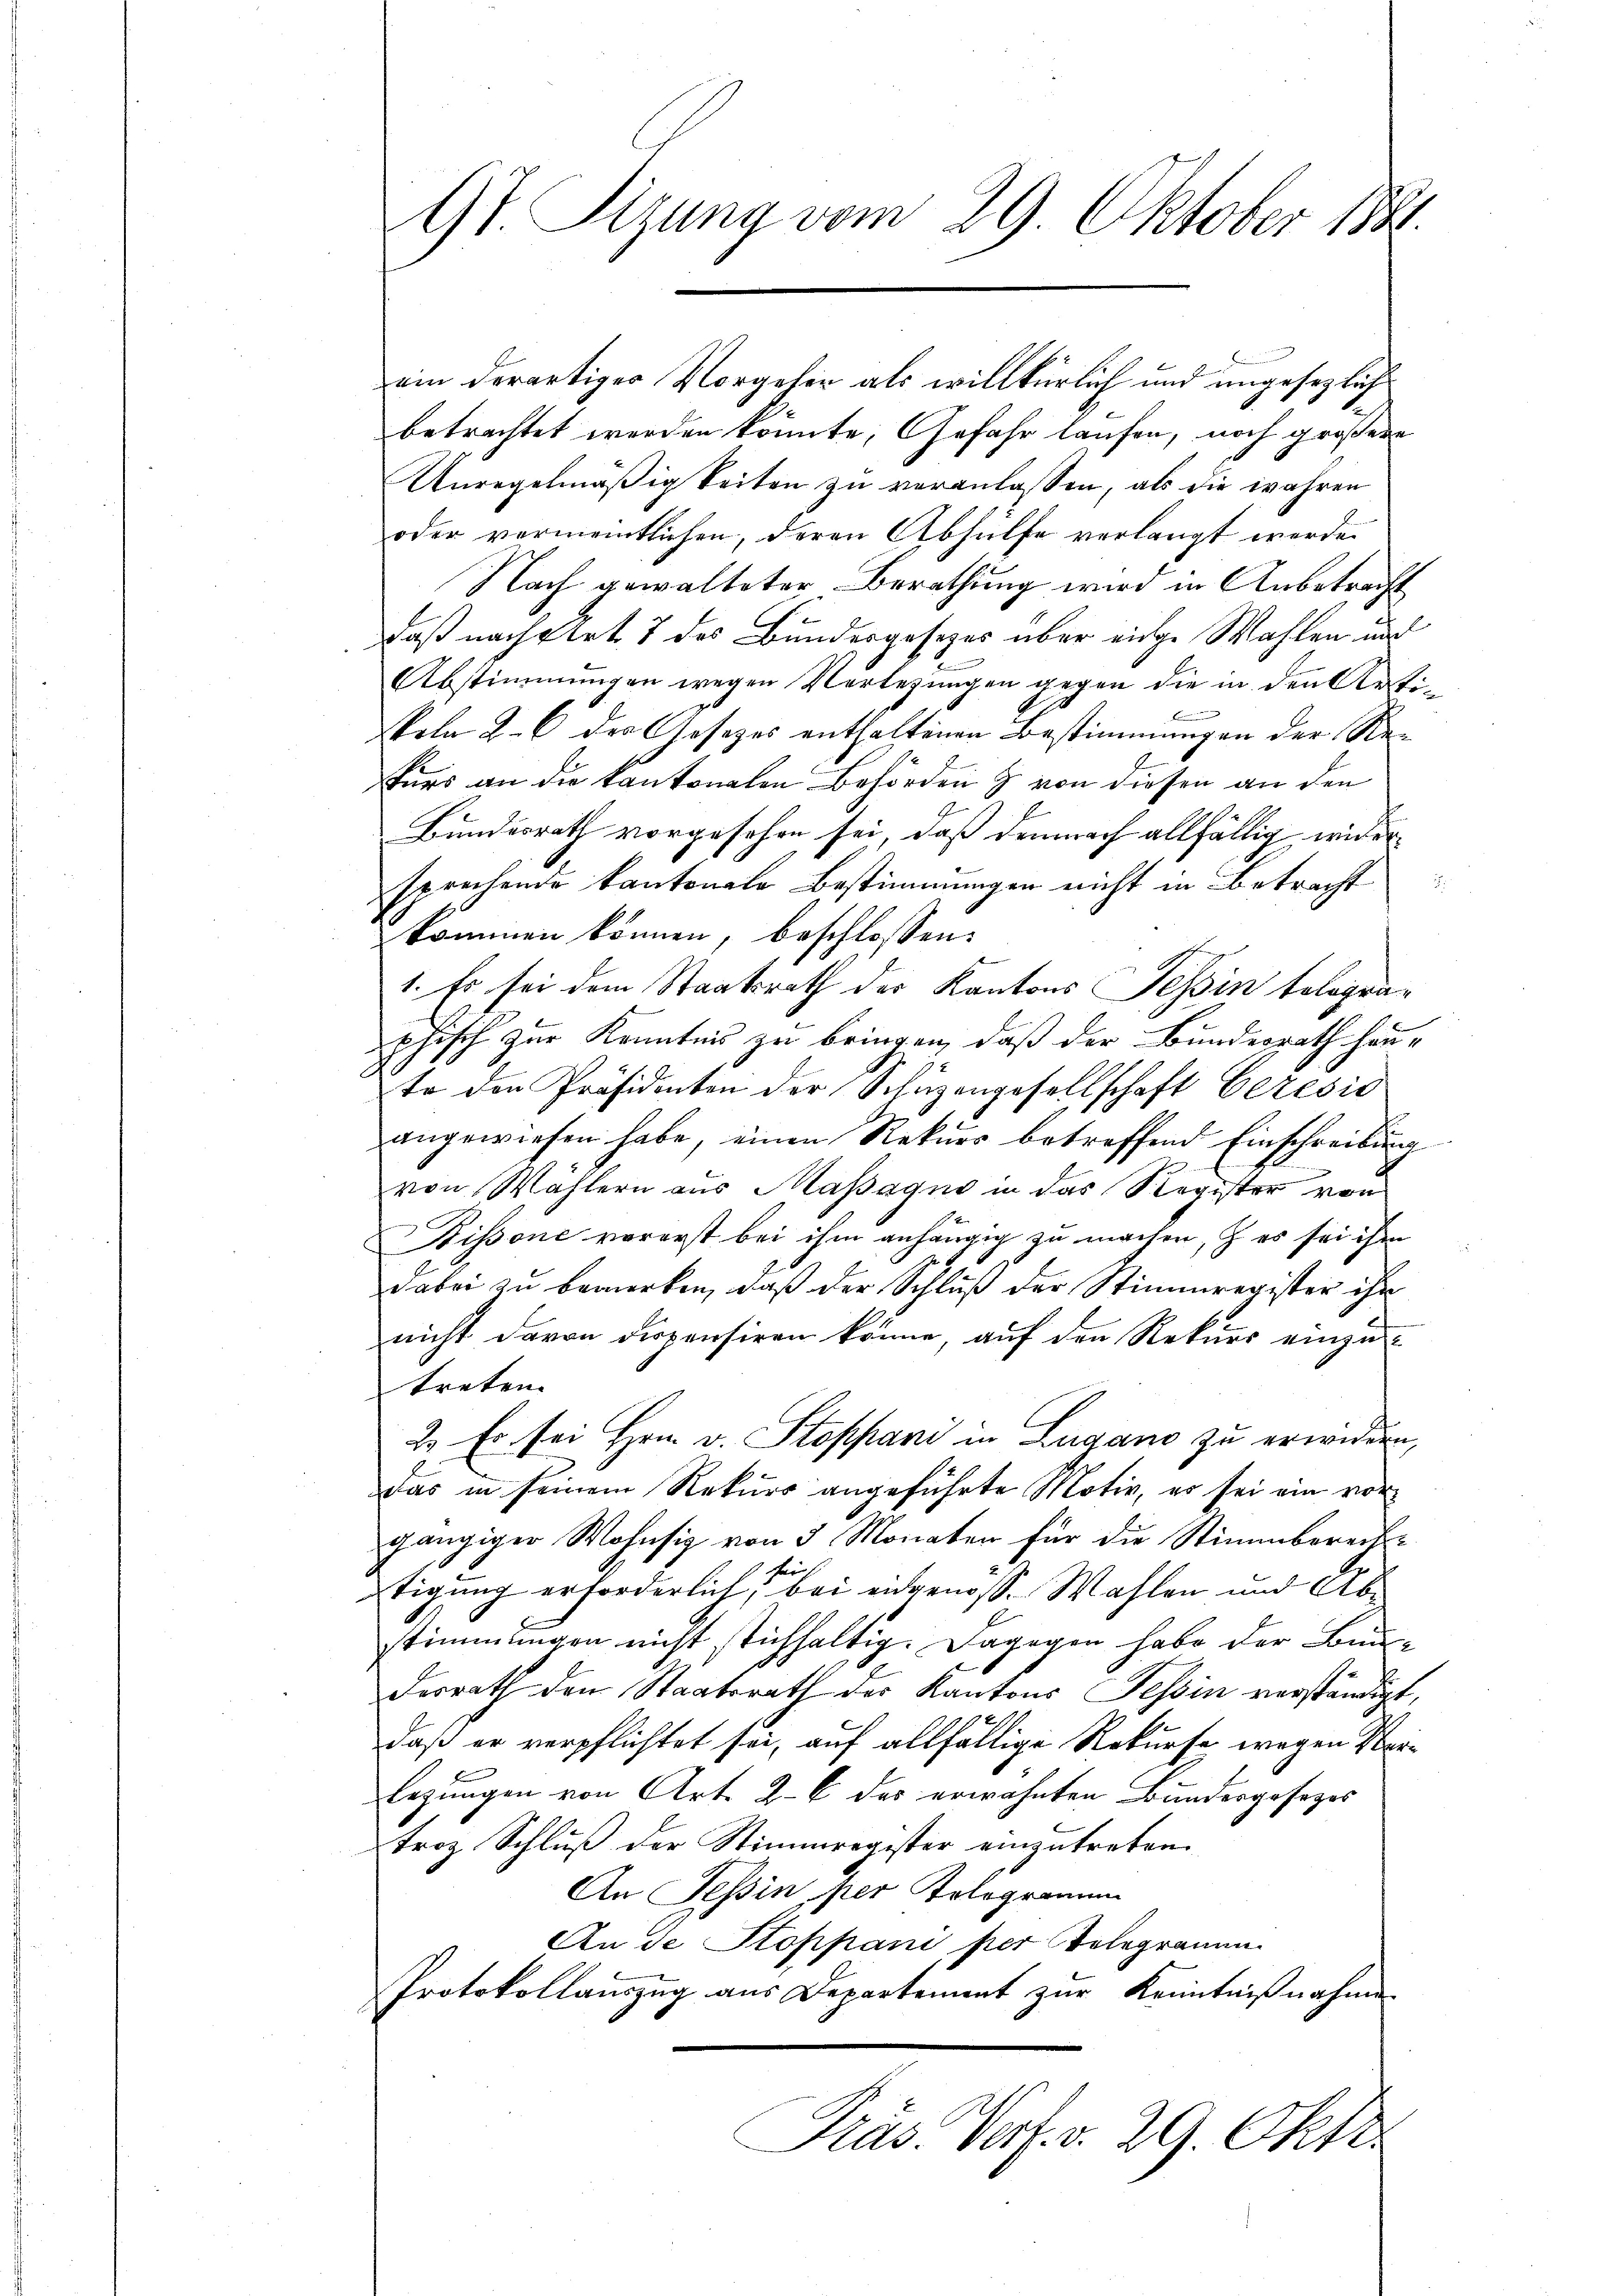
ein derartiger Vorgeher als willkürlich und ungesezlich
betrachtet werden könnte, Gefahr laufen, noch größere
Unregelmäßig Seiten zu veranlassen, als die wahren
oder vermeintlichen, deren Abhülfe verlangt werde.
Nach gewalteter Berathung wird in Anbetracht
daß nachgert. 7 des Bundesgesezes über einge Wahlen und
Abstimmungen wegen Verlegungen gegen die in den Arti¬
B
skeln 2. 6 des Gesezes enthaltenen Bestimmungen der Rekurs an die kantonalen Behörden & von diesen an den
Bundesrath vorgesehen sei, daß demnach allfällig widerd
sprechende Kantonale Bestimmungen nicht in Betracht
kommen können, beschlossen:
1. Es sei dem Staatsrath der Kantons Tessin telegraphisch zur Kenntnis zu bringen, daß der Bundesrath haute den Präsidenten der Schüzengesellschaft Ceresis
angewiesen habe, einen Rekurs betreffend Einschreibung
von Wählern aus Massagno in das Register von
Dissone vorerst bei ihm anhängig zu machen, & es sei ihm
dabei zu bemerken, daß der Schluß der Stimmregister ihn
nicht davon dispensiren könne, auf den Rekurs einzutreten.
2. Es sei Hrn. v. Stoppani in Lugano zu erwidern,
das in seinem Rekurs angeführte Motiv, er sei ein vorgängiger Wohnsiz von 3 Monaten für die Stimmbereite
.
tigung erforderlich, bei eingenosse Wahlen und Abstimmungen nicht stichhaltig. Dagegen habe der Bun-
desrath den Staatsrath der Kantons Tessin verständigt,
2.
daß er verpflichtet sei, auf allfällige Rekurse wegen Verlegungen von Art. 26 des erwähnten Bundesgesezes
troz Schluß der Stimmregister einzutreten.
An Tessin, per Telegramm
An de Stoppani per Telegramm
Protokollauszug aus Departement zur Kenntnißnahme
Präs. Vorf. v. 29. Okt.

97 Tizung vom 29 Oktober 1881.